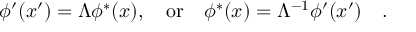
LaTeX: \phi ^ { \prime } ( x ^ { \prime } ) = \Lambda \phi ^ { * } ( x ) , \quad \mathrm { o r } \quad \phi ^ { * } ( x ) = \Lambda ^ { - 1 } \phi ^ { \prime } ( x ^ { \prime } ) \quad .